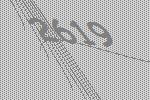
2619